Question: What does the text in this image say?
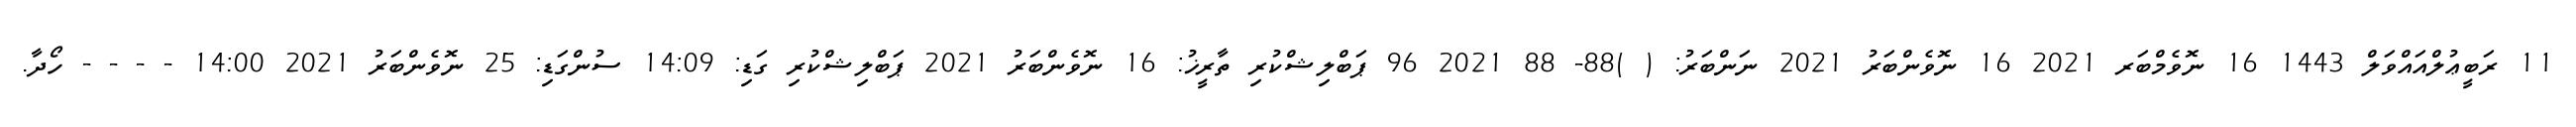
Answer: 11 ރަބީޢުލްއައްވަލް 1443 16 ނޮވެމްބަރ 2021 16 ނޮވެންބަރު 2021 ނަންބަރު: ( )88- 88 2021 96 ޕަބްލިޝްކުރި ތާރީޚު: 16 ނޮވެންބަރު 2021 ޕަބްލިޝްކުރި ގަޑި: 14:09 ސުންގަޑި: 25 ނޮވެންބަރު 2021 14:00 - - - - ހޯދާ.